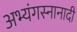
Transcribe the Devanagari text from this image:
अभ्यंगस्नानादी